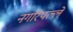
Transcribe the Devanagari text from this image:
नगरिपल्ले